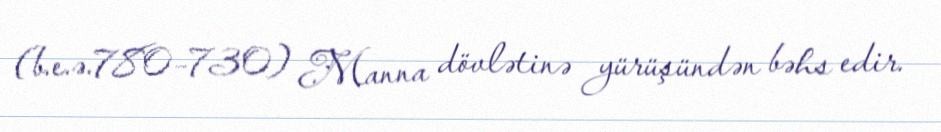
(b.e.ə.780–730) Manna dövlətinə yürüşündən bəhs edir.